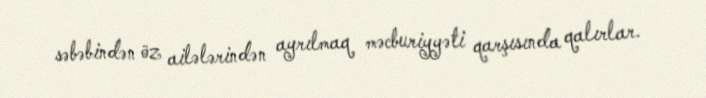
səbəbindən öz ailələrindən ayrılmaq məcburiyyəti qarşısında qalırlar.